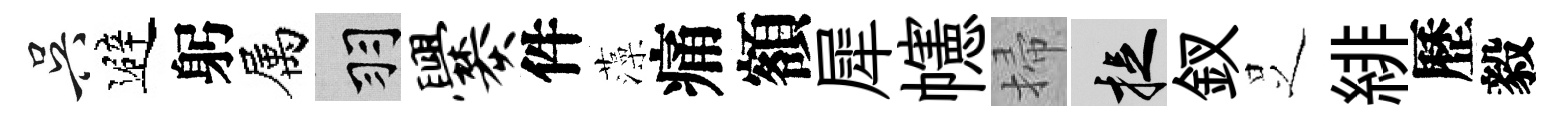
吴避躬属羽爨件藻痛額犀幰掃捉釵𠯁緋歷毅